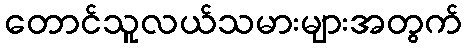
တောင်သူလယ်သမားများအတွက်